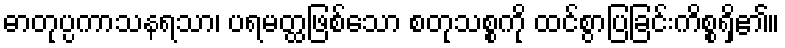
ဓာတုပ္ပကာသနရသာ၊ ပရမတ္ထဖြစ်သော စတုသစ္စကို ထင်စွာပြခြင်းကိစ္စရှိ၏။